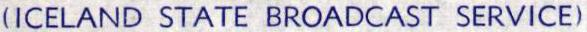
(ICELAND STATE BROADCAST SERVICE)